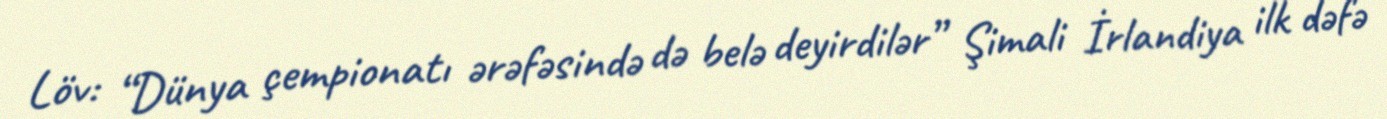
Löv: “Dünya çempionatı ərəfəsində də belə deyirdilər” Şimali İrlandiya ilk dəfə